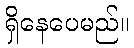
ရှိနေပေမည်။